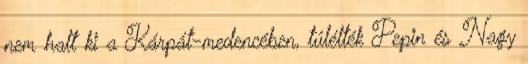
nem halt ki a Kárpát-medencében, túlélték Pepin és Nagy